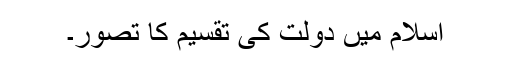
اسلام میں دولت کی تقسیم کا تصور۔